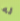
له